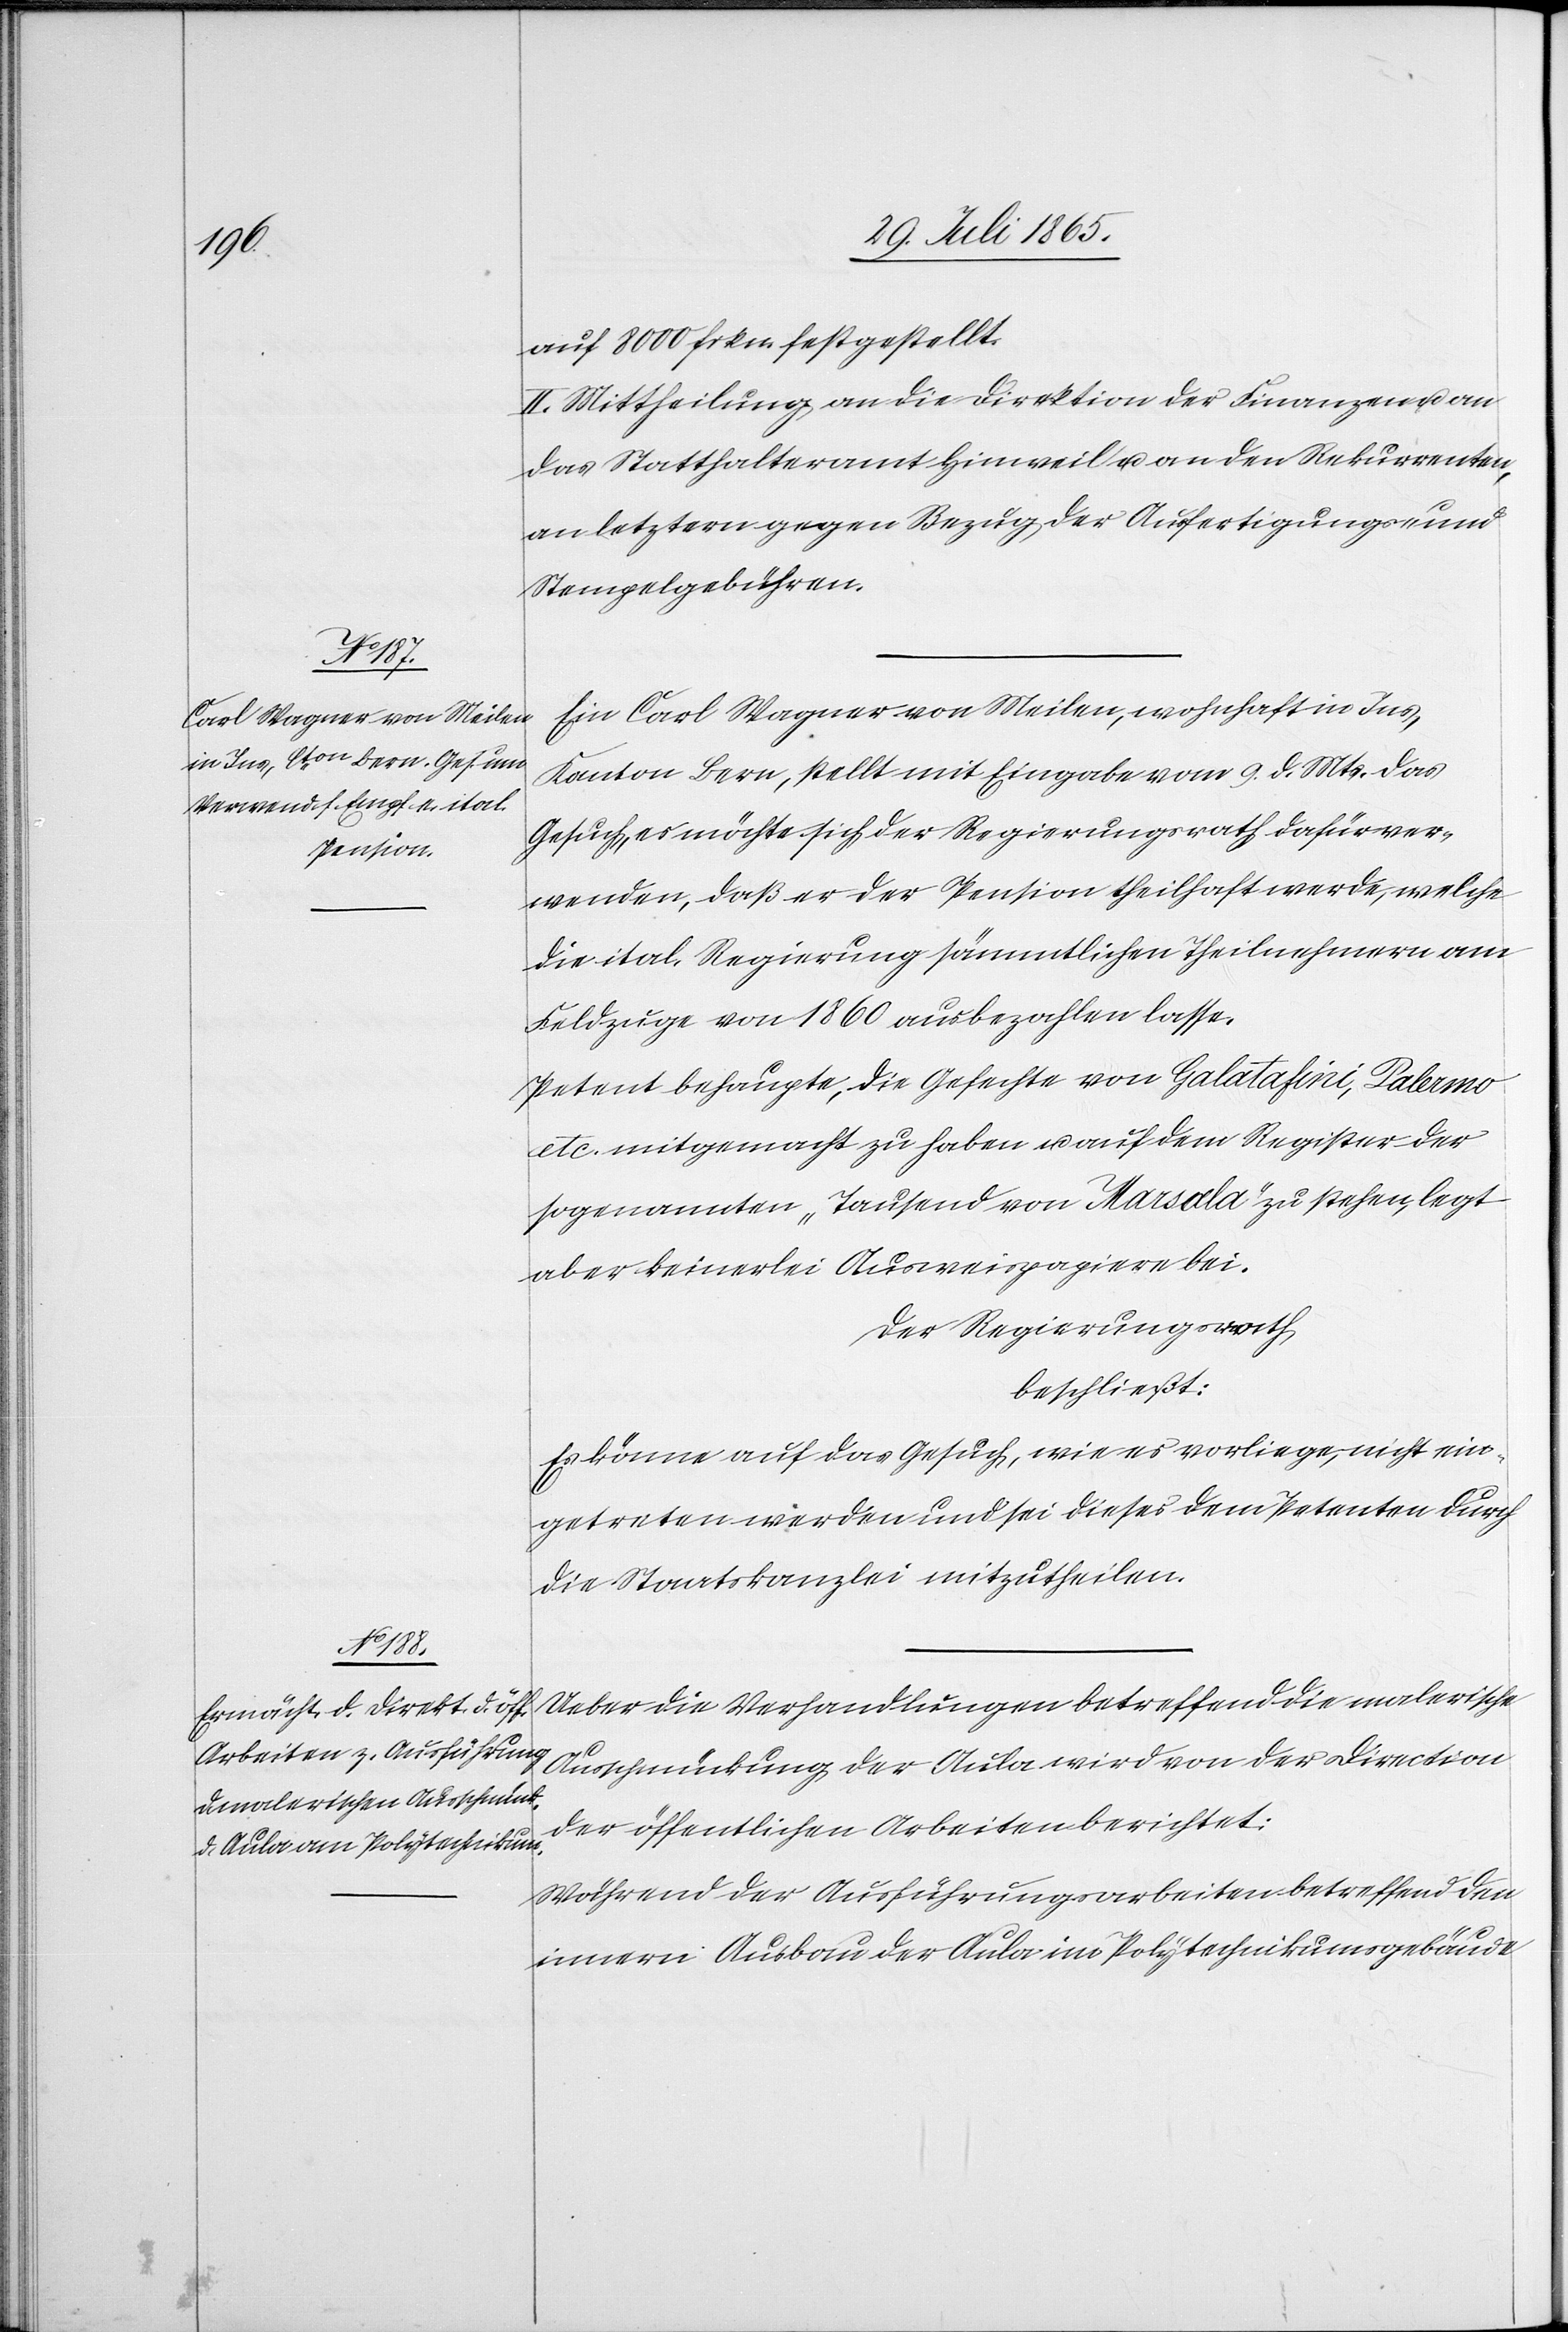
auf 8000 frkn. festgestellt.
II. Mittheilung an die Direktion der Finanzen u. an
das Statthalteramt Hinweil u. an den Rekurrenten,
an letztern gegen Bezug der Ausfertigungs- und
Stempelgebühren.
Ein Carl Wagner von Meilen, wohnhaft in Ins,
Kanton Bern, stellt mit Eingabe vom 9. d. Mts. das
Gesuch, es möchte sich der Regierungsrath dafür ver¬
wenden, daß er der Pension theilhaft werde, welche
die ital. Regierung sämmtlichen Theilnehmern am
Feldzuge von 1860 ausbezahlen lasse.
Petent behaupte, die Gefechte von Galatafini, Palermo
etc. mitgemacht zu haben u. auf dem Register der
sogenannten „Tausend von Marsala“ zu stehen, legt
aber keinerlei Ausweispapiere bei.
Der Regierungsrath
beschließt:
Es könne auf das Gesuch, wie es vorliege, nicht ein¬
getreten werden und sei dieses dem Petenten durch
die Staatskanzlei mitzutheilen.
Ueber die Verhandlungen betreffend die malerische
Ausschmückung der Aula wird von der Direction
der öffentlichen Arbeiten berichtet:
Während der Ausführungsarbeiten betreffend den
innern Ausbau der Aula im Polytechnikumsgebäude